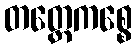
တတ္ထေကစ္စေ